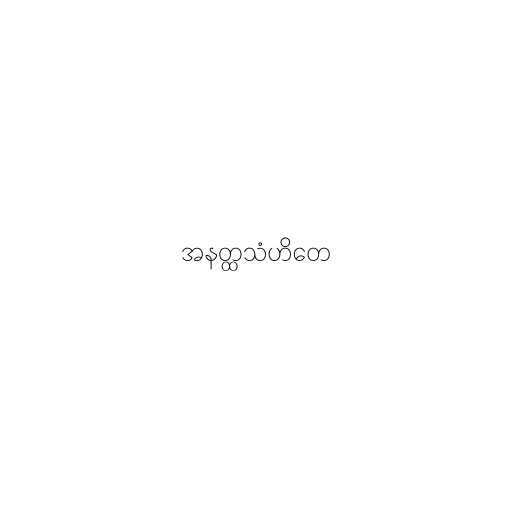
အနတ္ထသံဟိတေ